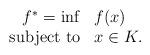
LaTeX: \begin{align*} \begin{array}{rll}f^* = \displaystyle \inf & \displaystyle f(x) \\ \textnormal{subject to} & \displaystyle x \in K.\end{array}\end{align*}